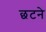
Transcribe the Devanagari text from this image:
छटने